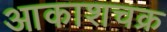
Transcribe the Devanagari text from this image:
आकाशचक्र